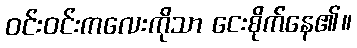
ဝင်းဝင်းကလေးကိုသာ ငေးစိုက်နေ၏။